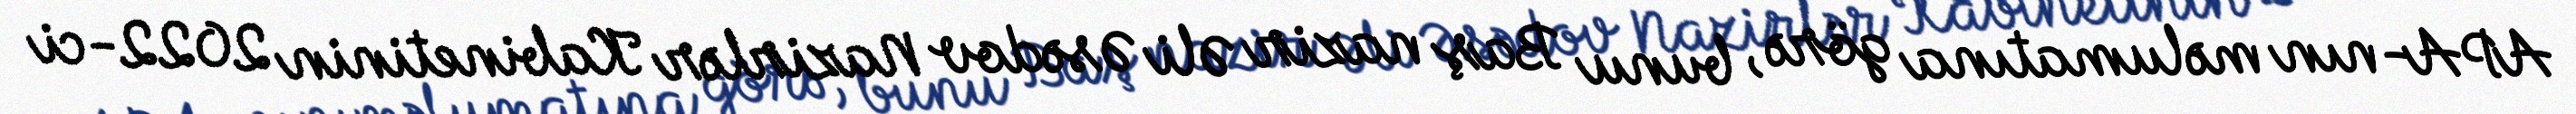
APA-nın məlumatına görə, bunu Baş nazir Əli Əsədov Nazirlər Kabinetinin 2022-ci